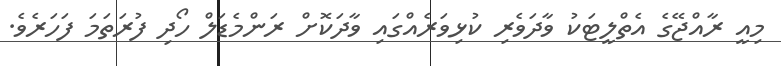
މިއީ ރާއްޖޭގެ އެތްލީޓަކު ވާދަވެރި ކުޅިވަރެއްގައި ވާދަކޮށް ރަންމެޑަލް ހޯދި ފުރަތަމަ ފަހަރެވެ.